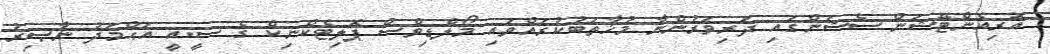
އޮރިއެންޓޭޝަން ސެޝަންގައި ދަރިވަރުންނާ މުޚާތަބުކުރައްވައި މޯލްޑިވްސް ޕޮލިޓެކްނިކް ގެ ސީ.އީ އަޙްމަދު ނާޞިރު